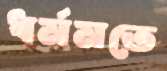
ধর্মমতে